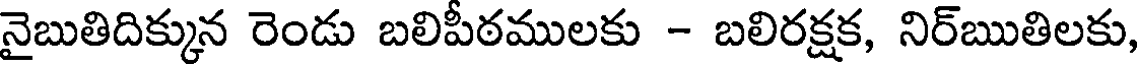
నైబుతిదిక్కున రెండు బలిపీఠములకు - బలిరక్షక, నిర్ఋతిలకు,